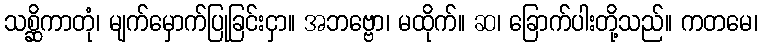
သစ္ဆိကာတုံ၊ မျက်မှောက်ပြုခြင်းငှာ။ အဘဗ္ဗော၊ မထိုက်။ ဆ၊ ခြောက်ပါးတို့သည်။ ကတမေ၊